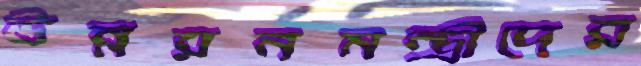
উন্নয়নমন্ত্রীদের